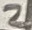
Text: 2